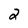
Character: 2